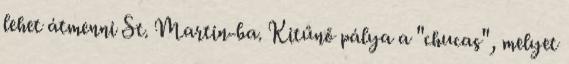
lehet átmenni St. Martin-ba. Kitűnő pálya a "chucas", melyet